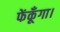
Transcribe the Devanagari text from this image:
फेंकूँगा।